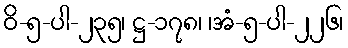
ဝိ-၅-ပါ-၂၃၅၊ ဋ္ဌ-၁၇၈၊ ၊အံ-၅-ပါ-၂၂၆၊